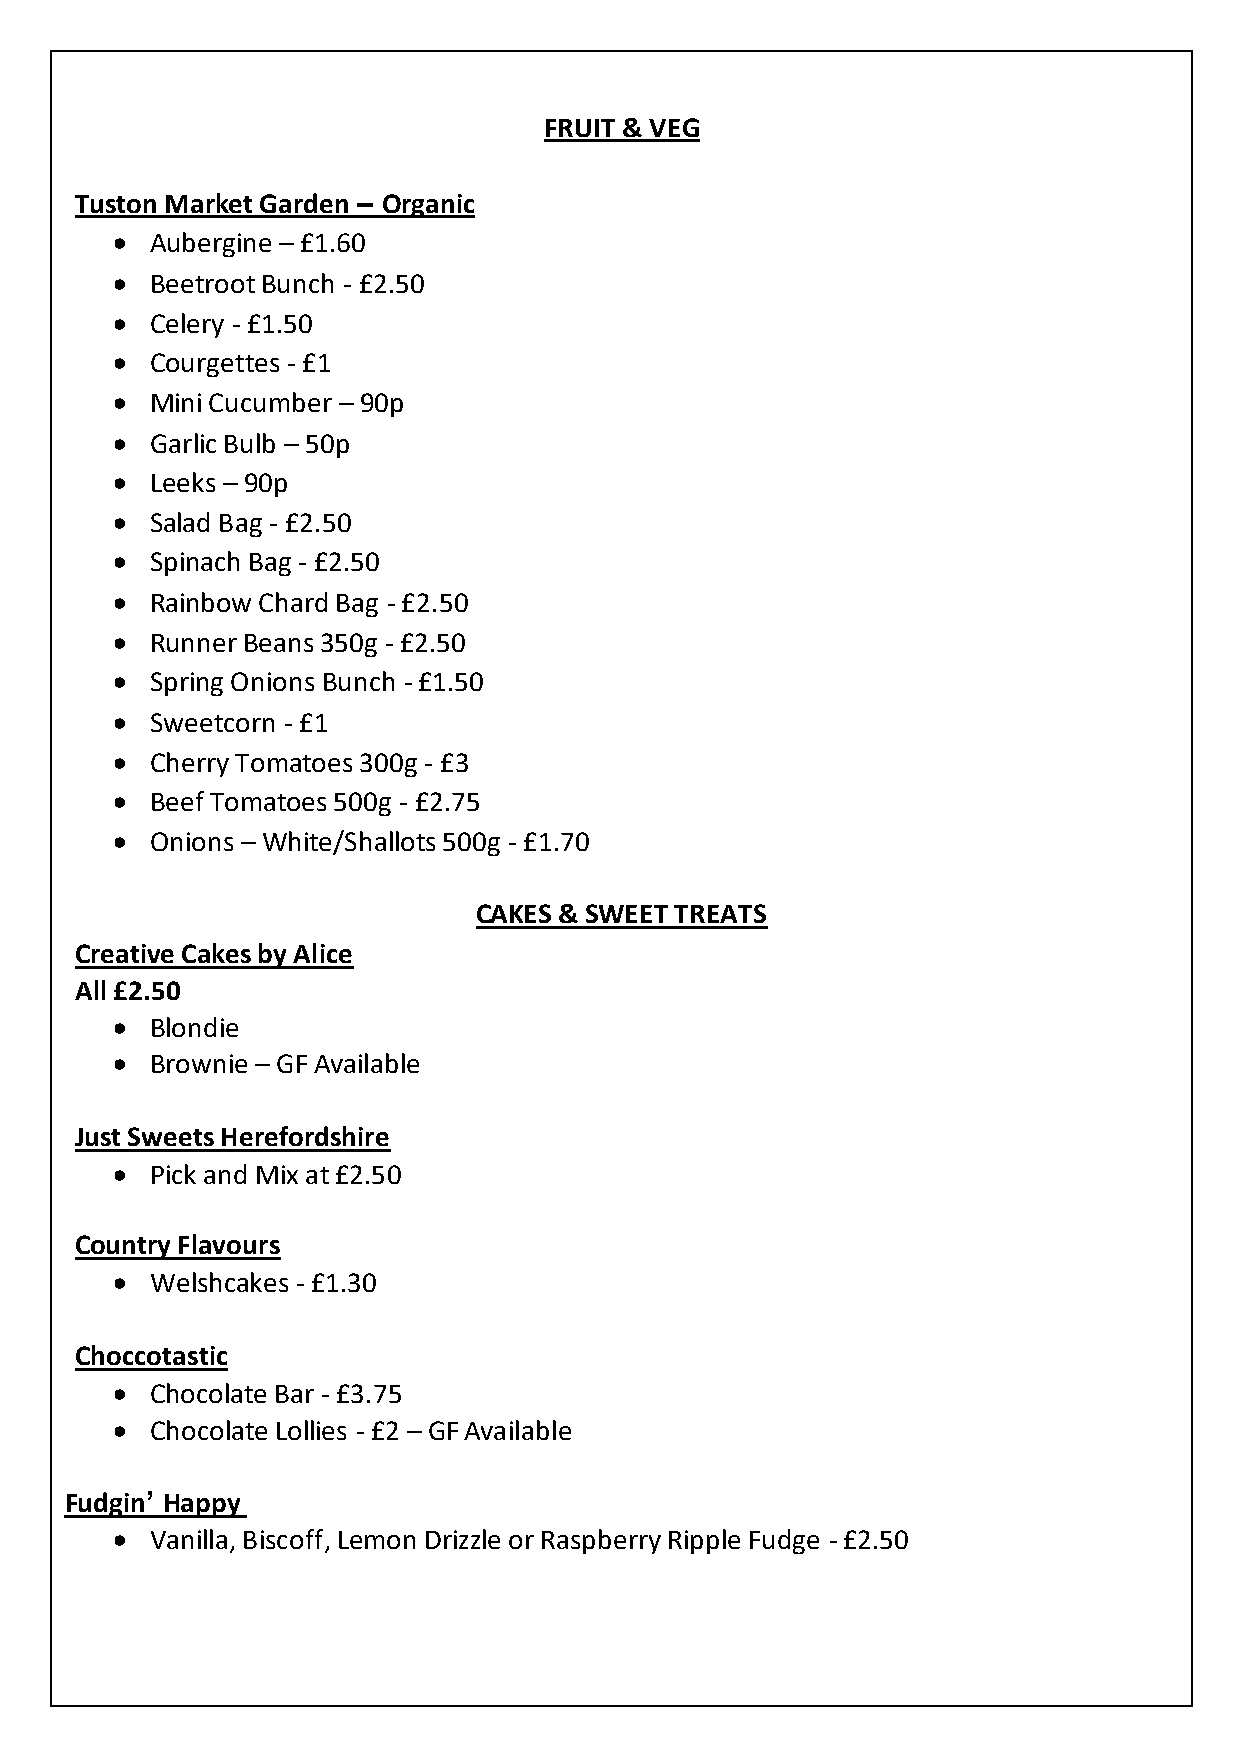
FRUIT & VEG
 Tuston Market Garden – Organic
 •  Aubergine – £1.60
 •  Beetroot Bunch - £2.50
 •  Celery - £1.50
 •  Courgettes - £1
 •  Mini Cucumber – 90p
 •  Garlic Bulb – 50p
 •  Leeks – 90p
 •  Salad Bag - £2.50
 •  Spinach Bag - £2.50
 •  Rainbow Chard Bag - £2.50
 •  Runner Beans 350g - £2.50
 •  Spring Onions Bunch - £1.50
 •  Sweetcorn - £1
 •  Cherry Tomatoes 300g - £3
 •  Beef Tomatoes 500g - £2.75
 •  Onions – White/Shallots 500g - £1.70
 CAKES & SWEET TREATS
 Creative Cakes by Alice
 All £2.50
 •  Blondie
 •  Brownie – GF Available
 Just Sweets Herefordshire
 •  Pick and Mix at £2.50
 Country Flavours
 •  Welshcakes - £1.30
 Choccotastic
 •  Chocolate Bar - £3.75
 •  Chocolate Lollies - £2 – GF Available
 Fudgin’ Happy
 •  Vanilla, Biscoff, Lemon Drizzle or Raspberry Ripple Fudge - £2.50